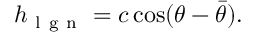
h _ { \mathrm { ~ l ~ g ~ n ~ } } = c \cos ( \theta - \bar { \theta } ) .